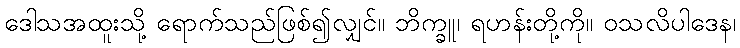
ဒေါသအထူးသို့ ရောက်သည်ဖြစ်၍လျှင်။ ဘိက္ခူ၊ ရဟန်းတို့ကို။ ဝသလိပါဒေန၊